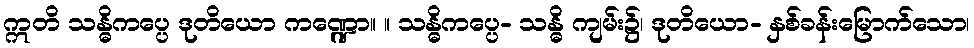
ဣတိ သန္ဓိကပ္ပေ ဒုတိယော ကဏ္ဍော။ ။ သန္ဓိကပ္ပေ- သန္ဓိ ကျမ်း၌၊ ဒုတိယော- နှစ်ခန်းမြောက်သော၊